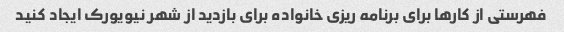
فهرستی از کارها برای برنامه ریزی خانواده برای بازدید از شهر نیویورک ایجاد کنید